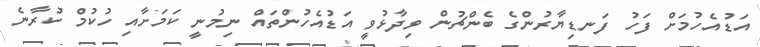
އަޑުއެހުމަށް ފަހު ފަނޑިޔާރުންގެ ބެންޗުން ވިދާޅުވީ އަޑުއެހުންތައް ނިމުނީ ކަމަށާއި ހުކުމް ކުރާނެ